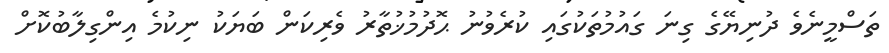
ތަސްމީނެވެ ދުނިޔޭގެ ގިނަ ގައުމުތަކުގައި ކުރެވުނު ޙޮދުމުޚުތާރު ވެރިކަން ބަޔަކު ނިކުމެ އިންގިލާބުކޮށް